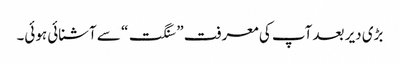
بڑی دیر بعد آپ کی معرفت ” سنگت“ سے آشنائی ہوئی۔